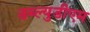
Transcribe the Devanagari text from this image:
डब्ल्युडीएम